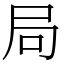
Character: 局